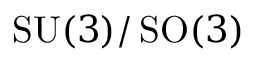
\operatorname { S U } ( 3 ) / \operatorname { S O } ( 3 )